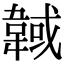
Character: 𩎹